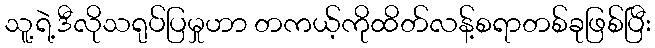
သူ့ရဲ့ဒီလိုသရုပ်ပြမှုဟာ တကယ့်ကိုထိတ်လန့်စရာတစ်ခုဖြစ်ပြီး